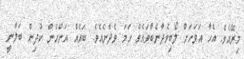
މިރޭއެވެ. އެހާ އަވަހަށް ލޯބިވެދާނެބާވައެވެ ހަމަ ވެދާނެއެވެ. ބައެއް އަންހެން ކުދިން ބަލާނީ